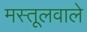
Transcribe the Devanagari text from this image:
मस्तूलवाले